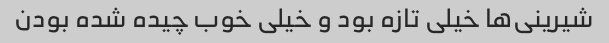
شیرینی‌ها خیلی تازه بود و خیلی خوب چیده شده بودن